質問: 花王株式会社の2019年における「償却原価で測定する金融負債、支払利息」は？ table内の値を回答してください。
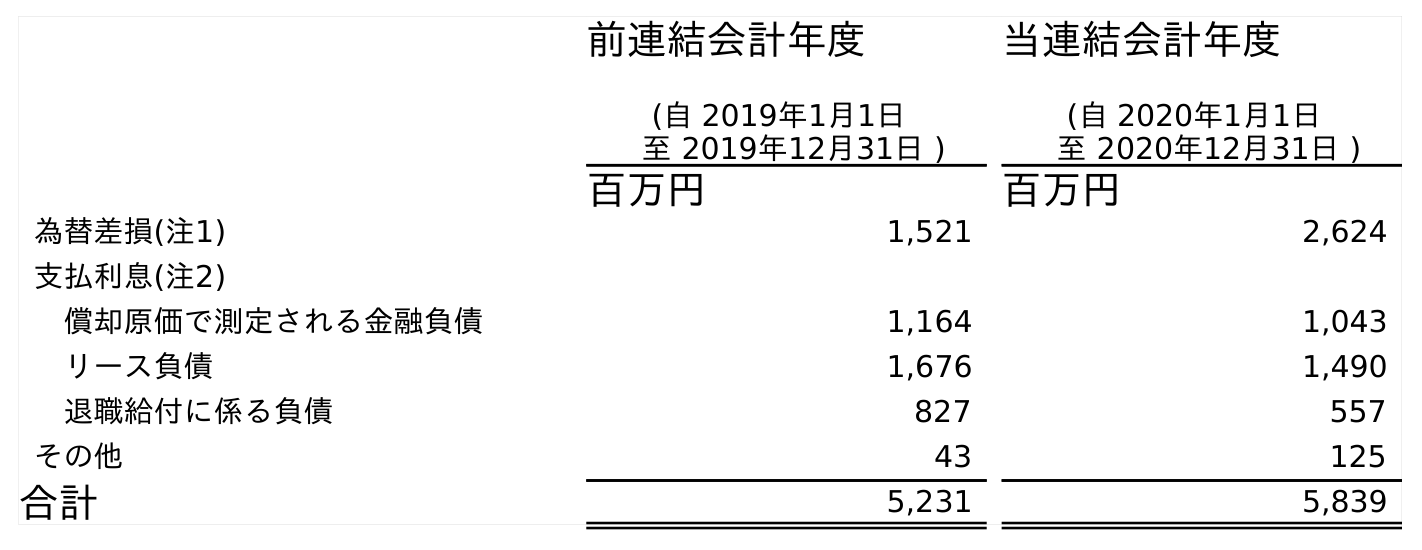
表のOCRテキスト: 前連結会計年度 (自 2019年1月1日 至 2019年12月31日 ) 当連結会計年度 (自 2020年1月1日 至 2020年12月31日 ) 百万円 百万円 為替差損(注1) 1,521 2,624 支払利息(注2) 償却原価で測定される金融負債 1,164 1,043 リース負債 1,676 1,490 退職給付に係る負債 827 557 その他 43 125 合計 5,231 5,839
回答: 1,164